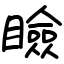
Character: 瞼